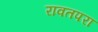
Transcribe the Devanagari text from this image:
रावतपरा